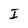
Character: I